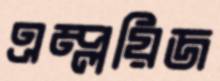
এম্প্লয়িজ